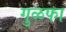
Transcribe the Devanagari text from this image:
गुळफा